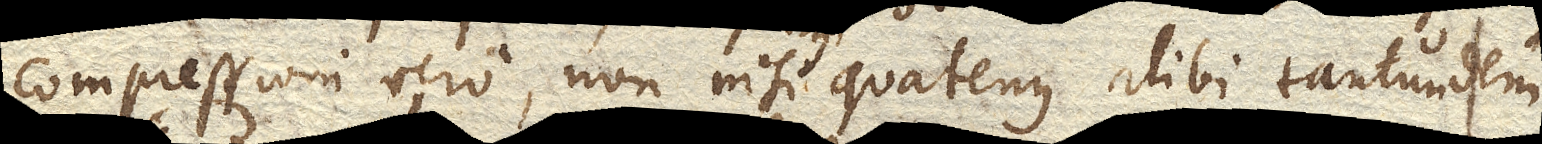
compressioni vero, non nisi quatenus alibi tantundem